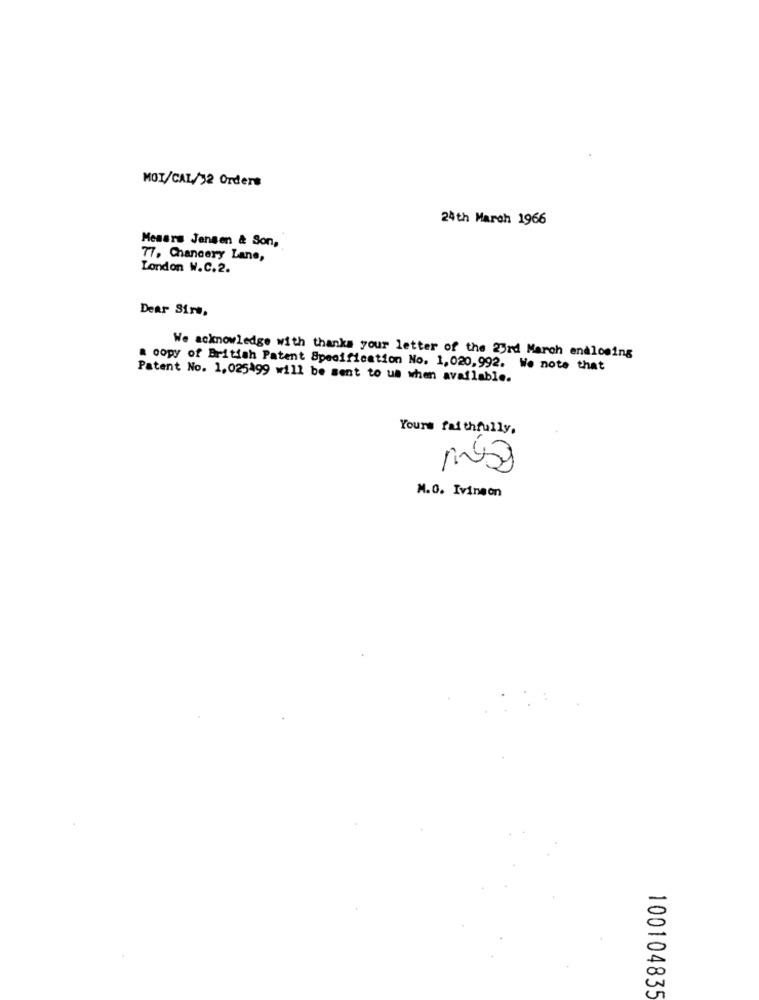
MOI/CAL/12 Orders
24th March 1966
Mesars Jensen & Son,
77, Chancery Lane,
London W.C.2.
Dear Sirs,
We acknowledge with thanks your letter of the 23rd March enalosing
a copy of British Patent Specification No. 1,020,992. We note that
Patent No. 1,025499 will be sent to us when available.
Yours faithfully.
M.O. Ivineon
100104835